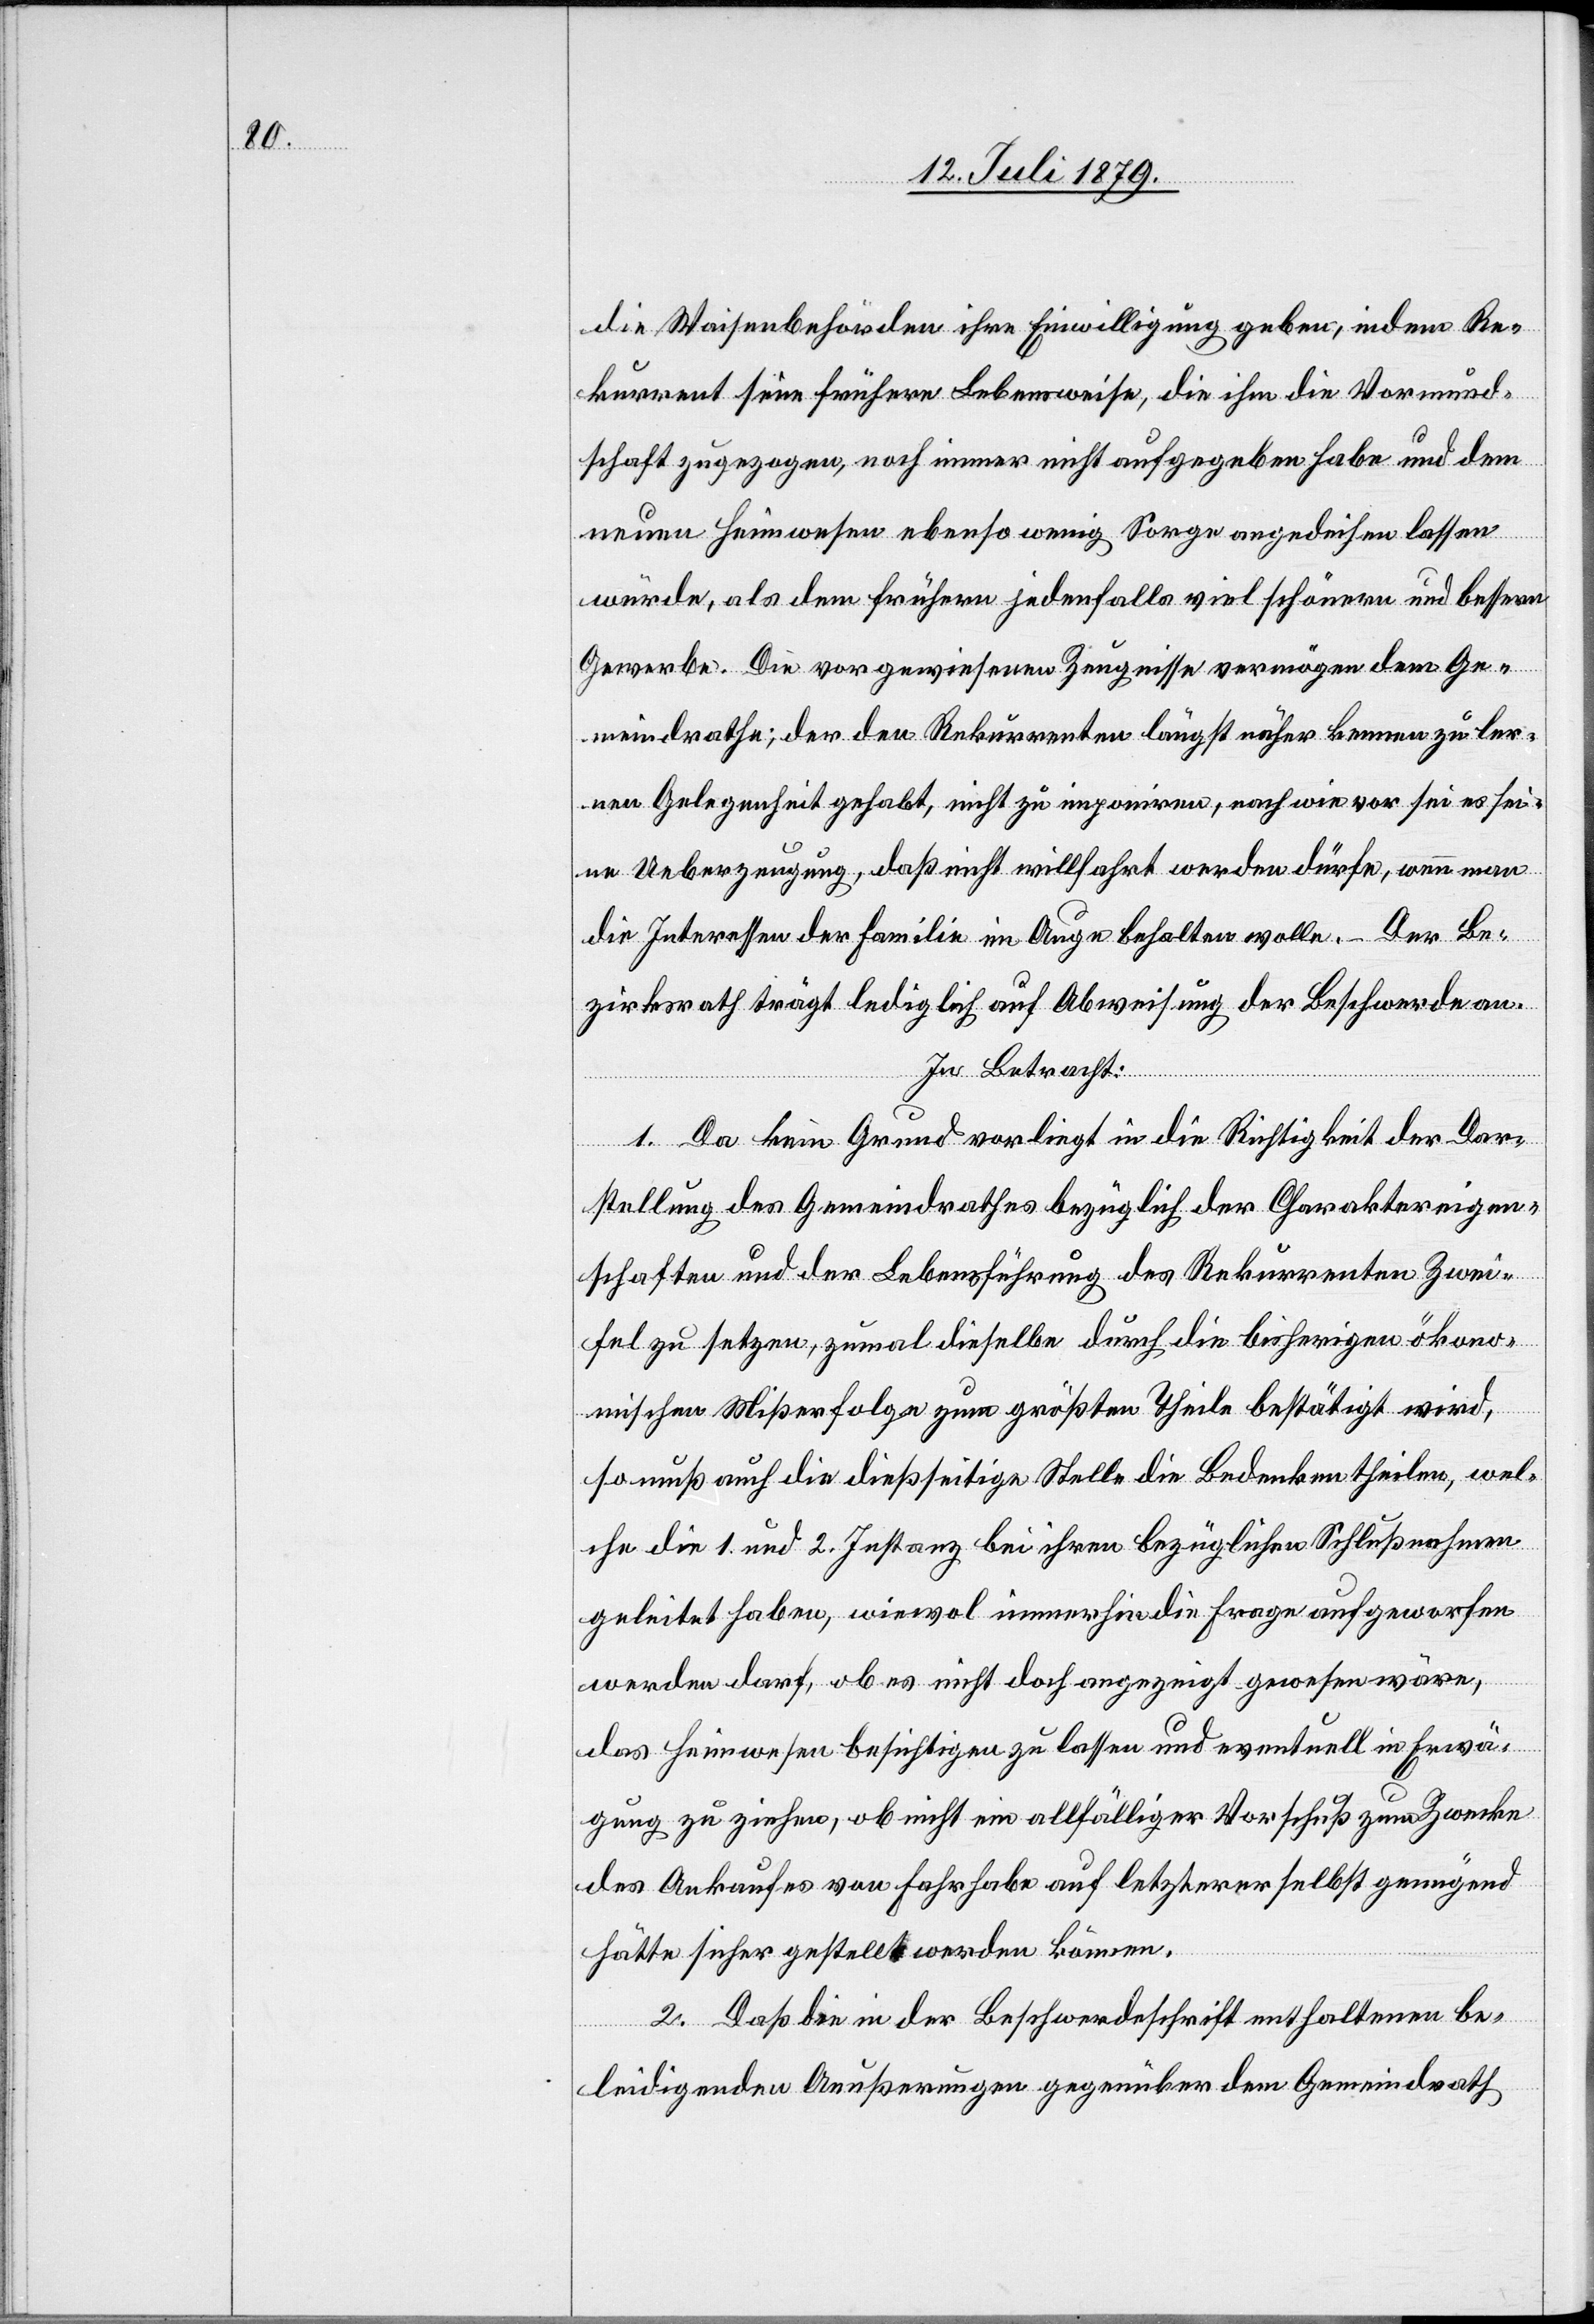
die Waisenbehörden ihre Einwilligung geben, indem Re¬
kurrent seine frühere Lebensweise, die ihm die Vormund¬
shaft zugezogen, noch immer nicht aufgegeben habe und dem
neuen Heimwesen ebenso wenig Sorge angedeihen lassen
würde, als dem frühern jedenfalls viel schönern und bessern
Gewerbe. Die vorgewiesenen Zeugnisse vermögen dem Ge¬
meindrathe, der den Rekurrenten längst näher kennen zu ler¬
nen Gelegenheit gehabt, nicht zu imponiren, nach wie vor sei es sei¬
ne Ueberzeugung, daß nicht willfahrt werden dürfe, wenn man
die Interessen der Familie im Auge behalten wolle. – Der Be¬
zirksrath trägt lediglich auf Abweisung der Beschwerde an.
In Betracht:
1. Da kein Grund vorliegt in die Richtigkeit der Dar¬
stellung des Gemeindrathes bezüglich der Charaktereigen¬
schaften und der Lebensführung des Rekurrenten Zwei¬
fel zu setzen, zumal dieselbe durch die bisherigen ökono¬
mischen Mißerfolge zum größten Theile bestätigt wird,
so muß auch die dießseitige Stelle die Bedenken theilen, wel¬
che die 1. und 2. Instanz bei ihren bezüglichen Schlußnahmen
geleitet haben, wiewol immerhin die Frage aufgeworfen
werden darf, ob es nicht doch angezeigt gewesen wäre,
das Heimwesen besichtigen zu lassen und eventuell in Erwä¬
gung zu ziehen, ob nicht ein allfälliger Vorschuß zum Zwecke
des Ankaufes von Fahrhabe auf letzterer selbst genügend
hätte sicher gestellt werden können.
2. Daß die in der Beschwerdeschrift enthaltenen be¬
leidigenden Aeußerungen gegenüber dem Gemeindrath